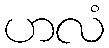
ဟလံ